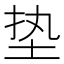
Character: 垫